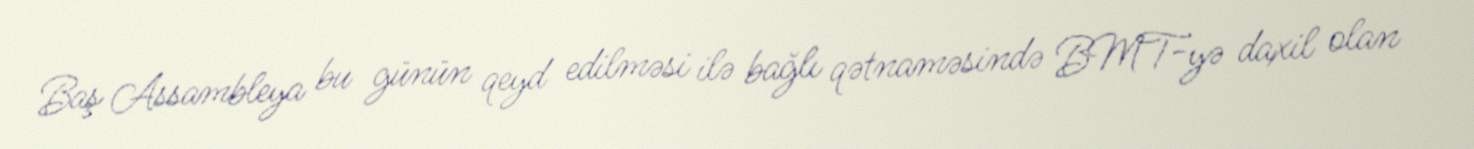
Baş Assambleya bu günün qeyd edilməsi ilə bağlı qətnaməsində BMT-yə daxil olan